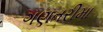
ગણતરીમા